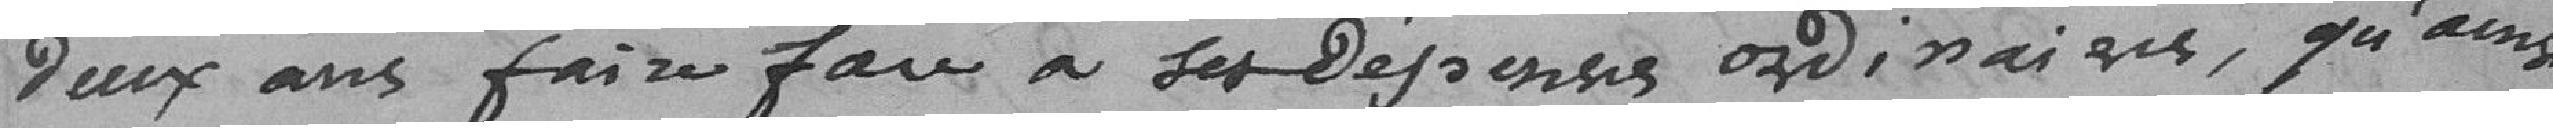
deux an faire face à ses dépenses ordinaires, qu'ainsi